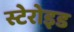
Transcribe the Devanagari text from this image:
स्टेरोइड